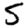
Digit: 5